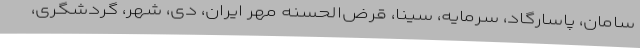
سامان، پاسارگاد، سرمایه، سینا، قرض‌الحسنه مهر ایران، دی، شهر، گردشگری،